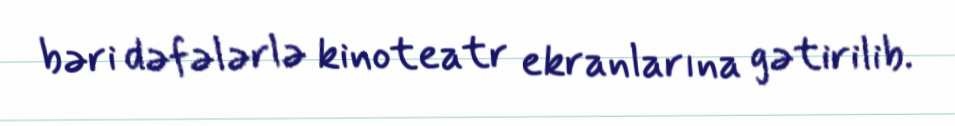
bəri dəfələrlə kinoteatr ekranlarına gətirilib.